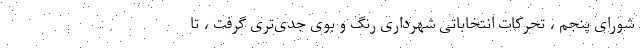
شورای پنجم ، تحرکات انتخاباتی شهرداری رنگ و بوی جدی‌تری گرفت ، تا